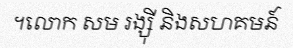
។លោក សម រង្ស៊ី និងសហគមន៍